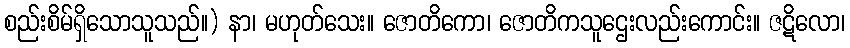
စည်းစိမ်ရှိသောသူသည်။) နာ၊ မဟုတ်သေး။ ဇောတိကော၊ ဇောတိကသူဌေးလည်းကောင်း။ ဇဋိလော၊